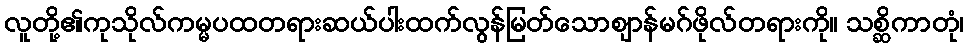
လူတို့၏ကုသိုလ်ကမ္မပထတရားဆယ်ပါးထက်လွန်မြတ်သောဈာန်မဂ်ဖိုလ်တရားကို။ သစ္ဆိကာတုံ၊